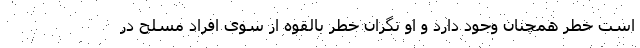
است خطر همچنان وجود دارد و او نگران خطر بالقوه از سوی افراد مسلح در